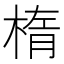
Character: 楕